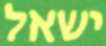
ישאל